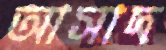
আসাদ